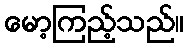
မော့ကြည့်သည်။